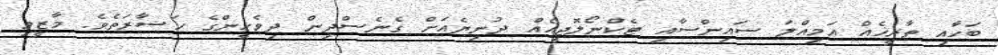
ބަހާއި ތާރީޚެއް އަމިއްލަ ސައިންސާއި ޓެކްނޯލޮޖީއެއް ދުނިޔެއަށް ގެނެސްދިން ދިވެހީންގެ ޙަޟާރަތެވެ. މާޒީވި